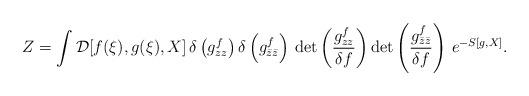
LaTeX: \begin{align*}Z = \int {\cal D}[f(\xi),g(\xi),X] \, \delta \left(g_{zz}^{f} \right)\delta \left(g_{\bar{z}\bar{z}}^{f} \right) \, {\rm det}\left( \frac{g_{zz}^{f}}{\delta f} \right) {\rm det}\left( \frac{g_{\bar{z}\bar{z}}^{f}}{\delta f} \right) \, e^{-S[g,X]}.\end{align*}